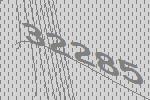
32285